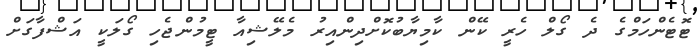
ޓޮޓެންހަމްގެ ދެ ގޯލް ހެރީ ކޭން ކާމިޔާބުކޮށްދިންއިރު މެލޭޝިއާ ޓީމުންޖެހި ގޯލަކީ އަޝްފާގަށް